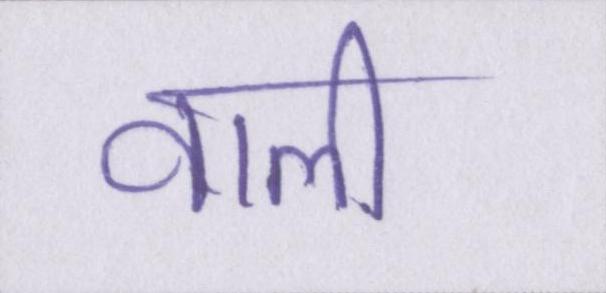
वाली